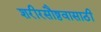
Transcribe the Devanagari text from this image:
शरीरसौष्ठवासाठी